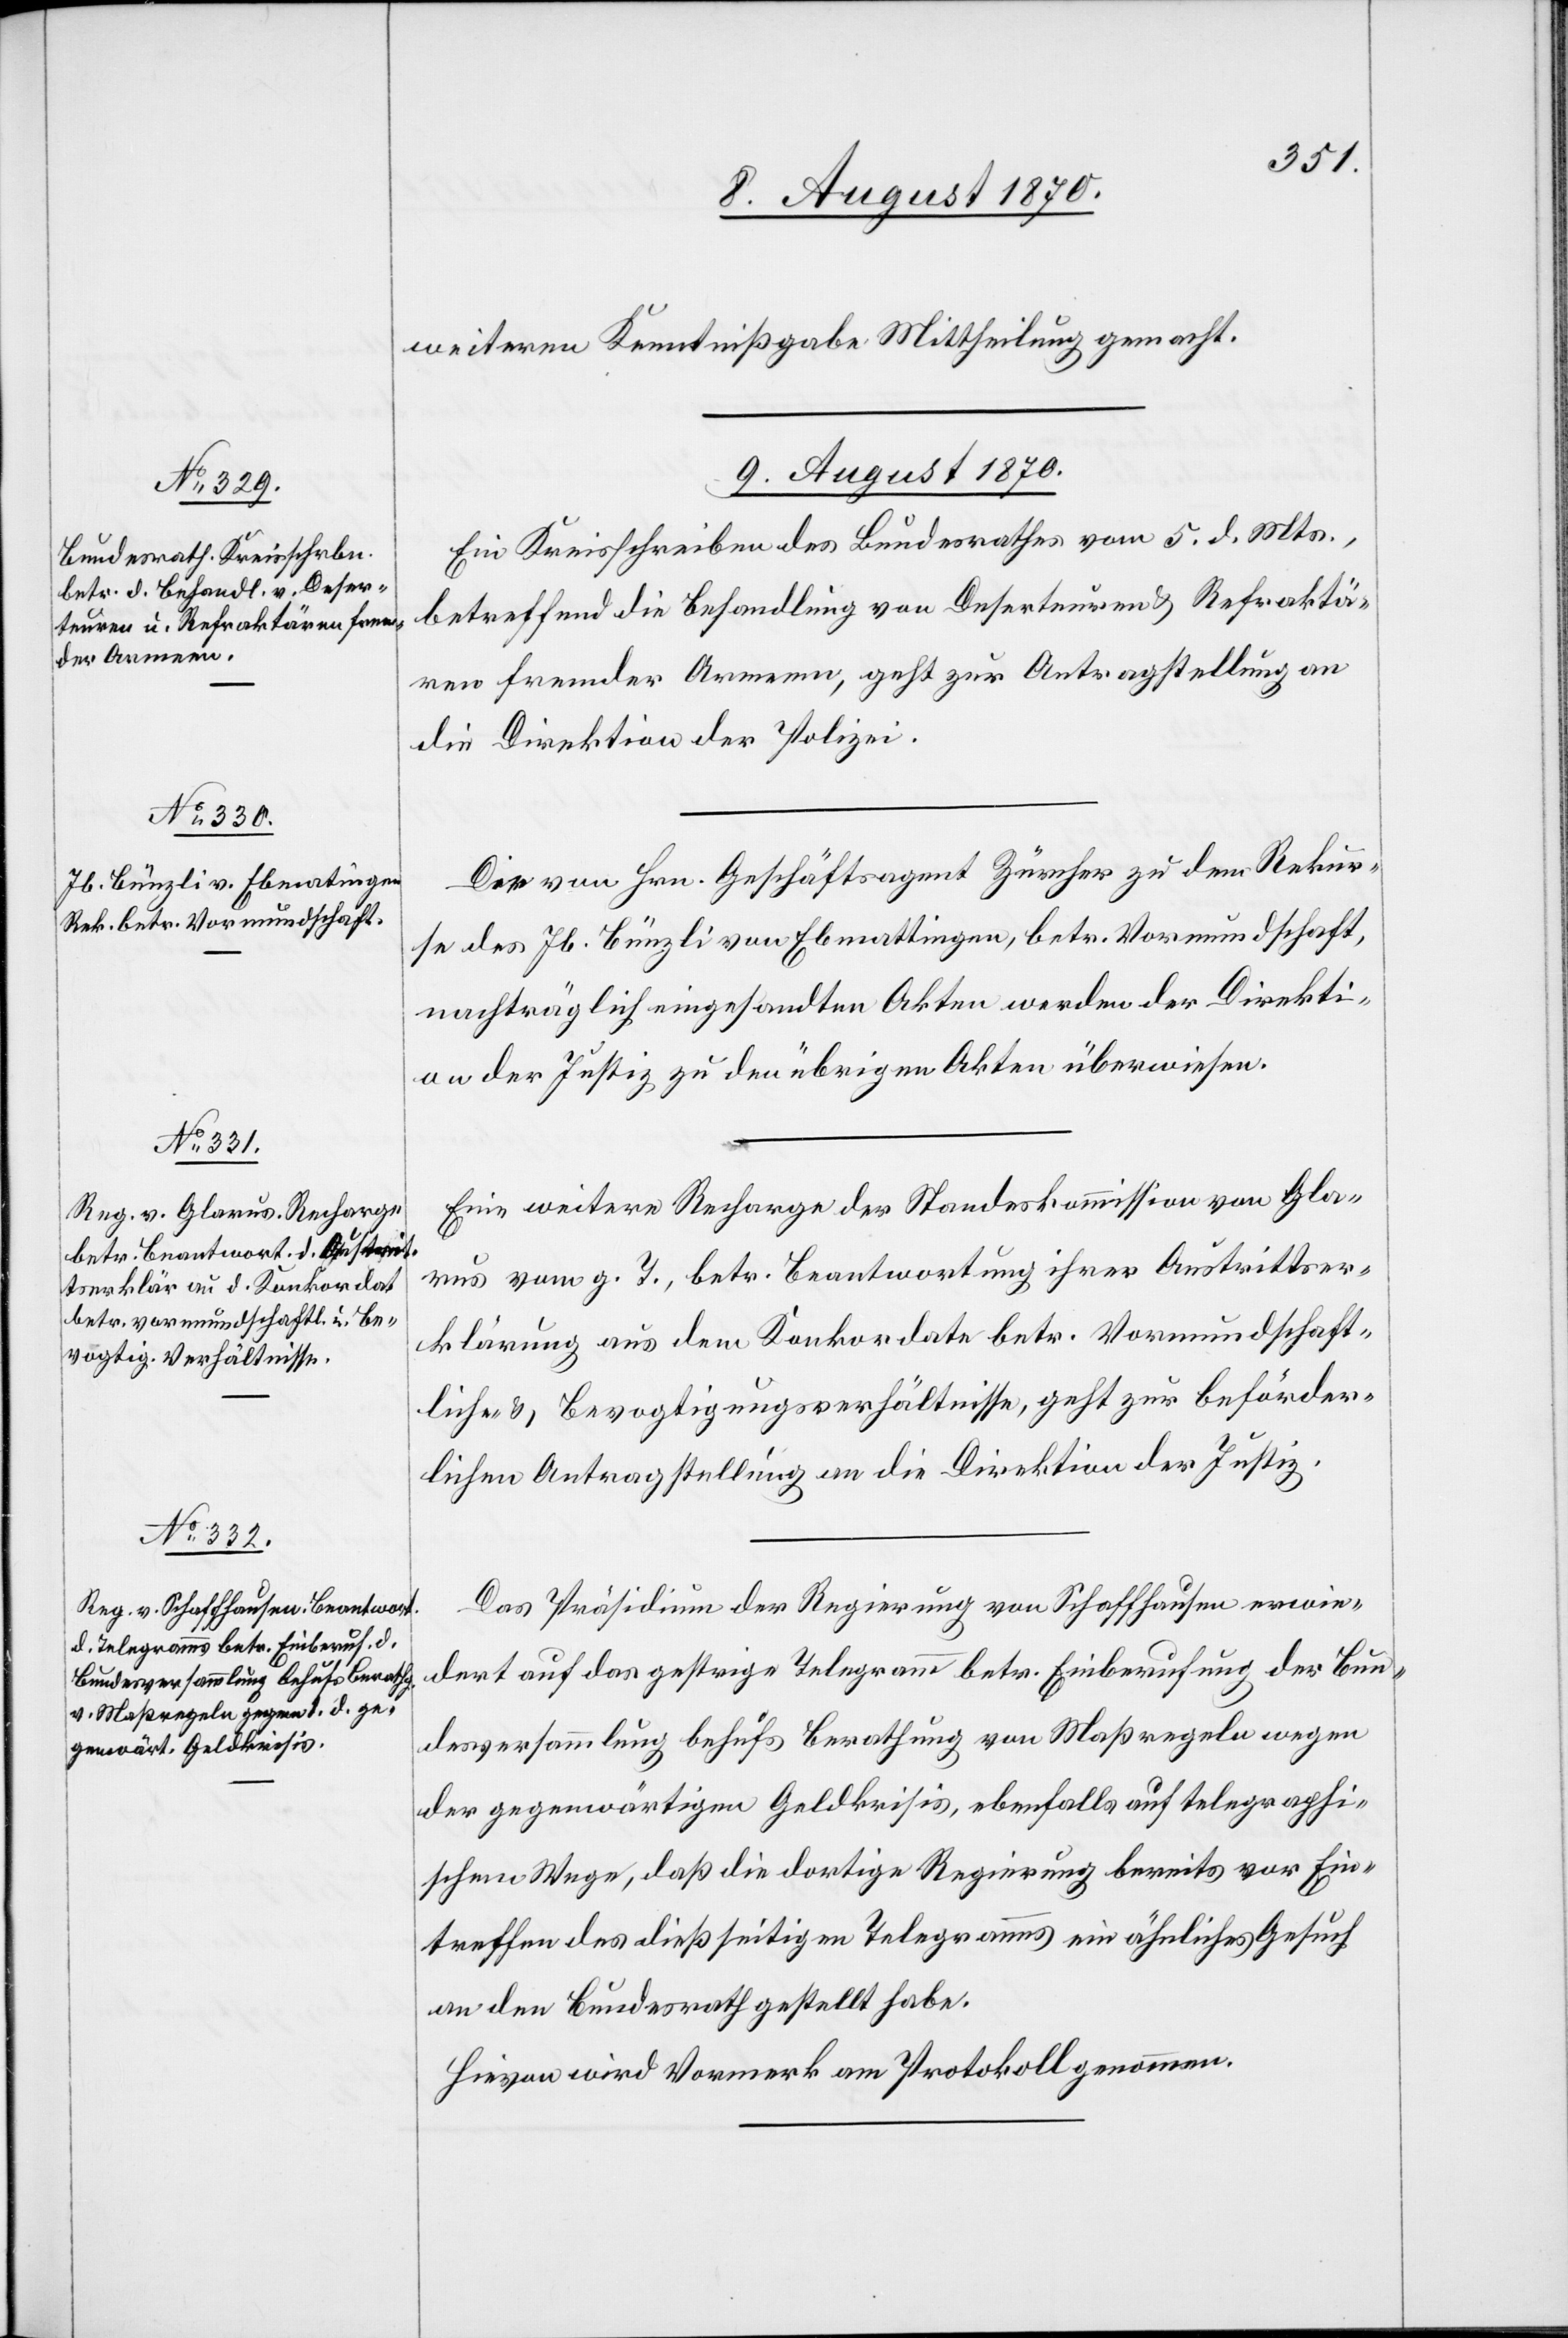
Jb. Bünzli von Ebmattingen
[sic!], betr. Vormundschaft,

weiteren Kenntnißgabe Mittheilung gemacht.
9. August 1870.]
Ein Kreisschreiben des Bundesrathes vom 5. d. Mts.,
betreffend die Behandlung von Deserteuren & Refraktä¬
ren fremder Armeen, geht zur Antragstellung an
die Direktion der Polizei.
Die von Hrn. Geschäftsagent Züricher zu dem Rekurse
nachträglich eingesandten Akten werden der Direkti¬
on der Justiz zu den übrigen Akten überwiesen.
Eine weitere Recharge der Standeskommission von Gla¬
rus vom g. T., betr. Beantwortung ihrer Austrittser¬
klärung aus dem Konkordate betr. Vormundschaft¬
liche- & Bevogtigungsverhältnisse, geht zur beförder¬
lichen Antragstellung an die Direktion der Justiz.
Das Präsidium der Regierung von Schaffhausen erwie¬
dert auf das gestrige Telegramm betr. Einberufung der Bun¬
desversammlung behufs Berathung von Maßregeln wegen
der gegenwärtigen Geldkrisis, ebenfalls auf telegraphi¬
schem Wege, daß die dortige Regierung bereits vor Ein¬
treffen des dießseitigen Telegramms ein ähnliches Gesuch
an den Bundesrath gestellt habe.
Hievon wird Vormerk am Protokoll genommen.